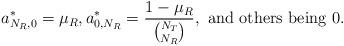
LaTeX: \begin{align*}a^*_{N_R,0}=\mu_R,a^*_{0,N_R}=\frac{1-\mu_R}{\binom{N_T}{N_R}}, \textrm{ and others being 0}.\end{align*}